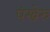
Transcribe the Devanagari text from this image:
पंखेरु